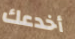
أخدعك